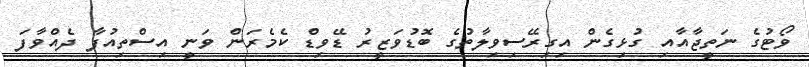
ވޯޓުގެ ނަތީޖާއާއި ގުޅިގެން އިގިރޭސިވިލާތުގެ ބޮޑުވަޒީރު ޑޭވިޑް ކެމެރަން ވަނީ އިސްތިއުފާ ދެއްވާފަ